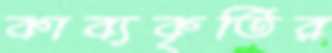
কাব্যকৃতির